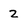
Character: 2